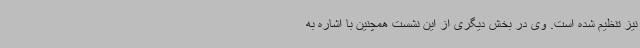
نیز تنظیم شده است. وی در بخش دیگری از این نشست همچنین با اشاره به